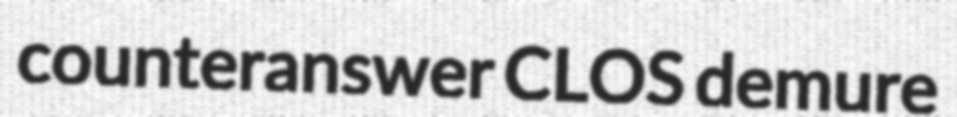
counteranswer CLOS demure